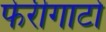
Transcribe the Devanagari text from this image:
फेरीगाटो